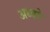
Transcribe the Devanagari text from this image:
अध्वरे